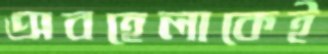
অবহেলাকেই